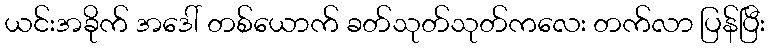
ယင်းအခိုက် အဒေါ် တစ်ယောက် ခတ်သုတ်သုတ်ကလေး တက်လာ ပြန်ပြီး